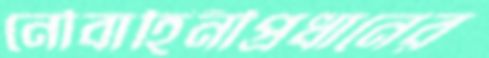
নৌবাহিনীপ্রধানের